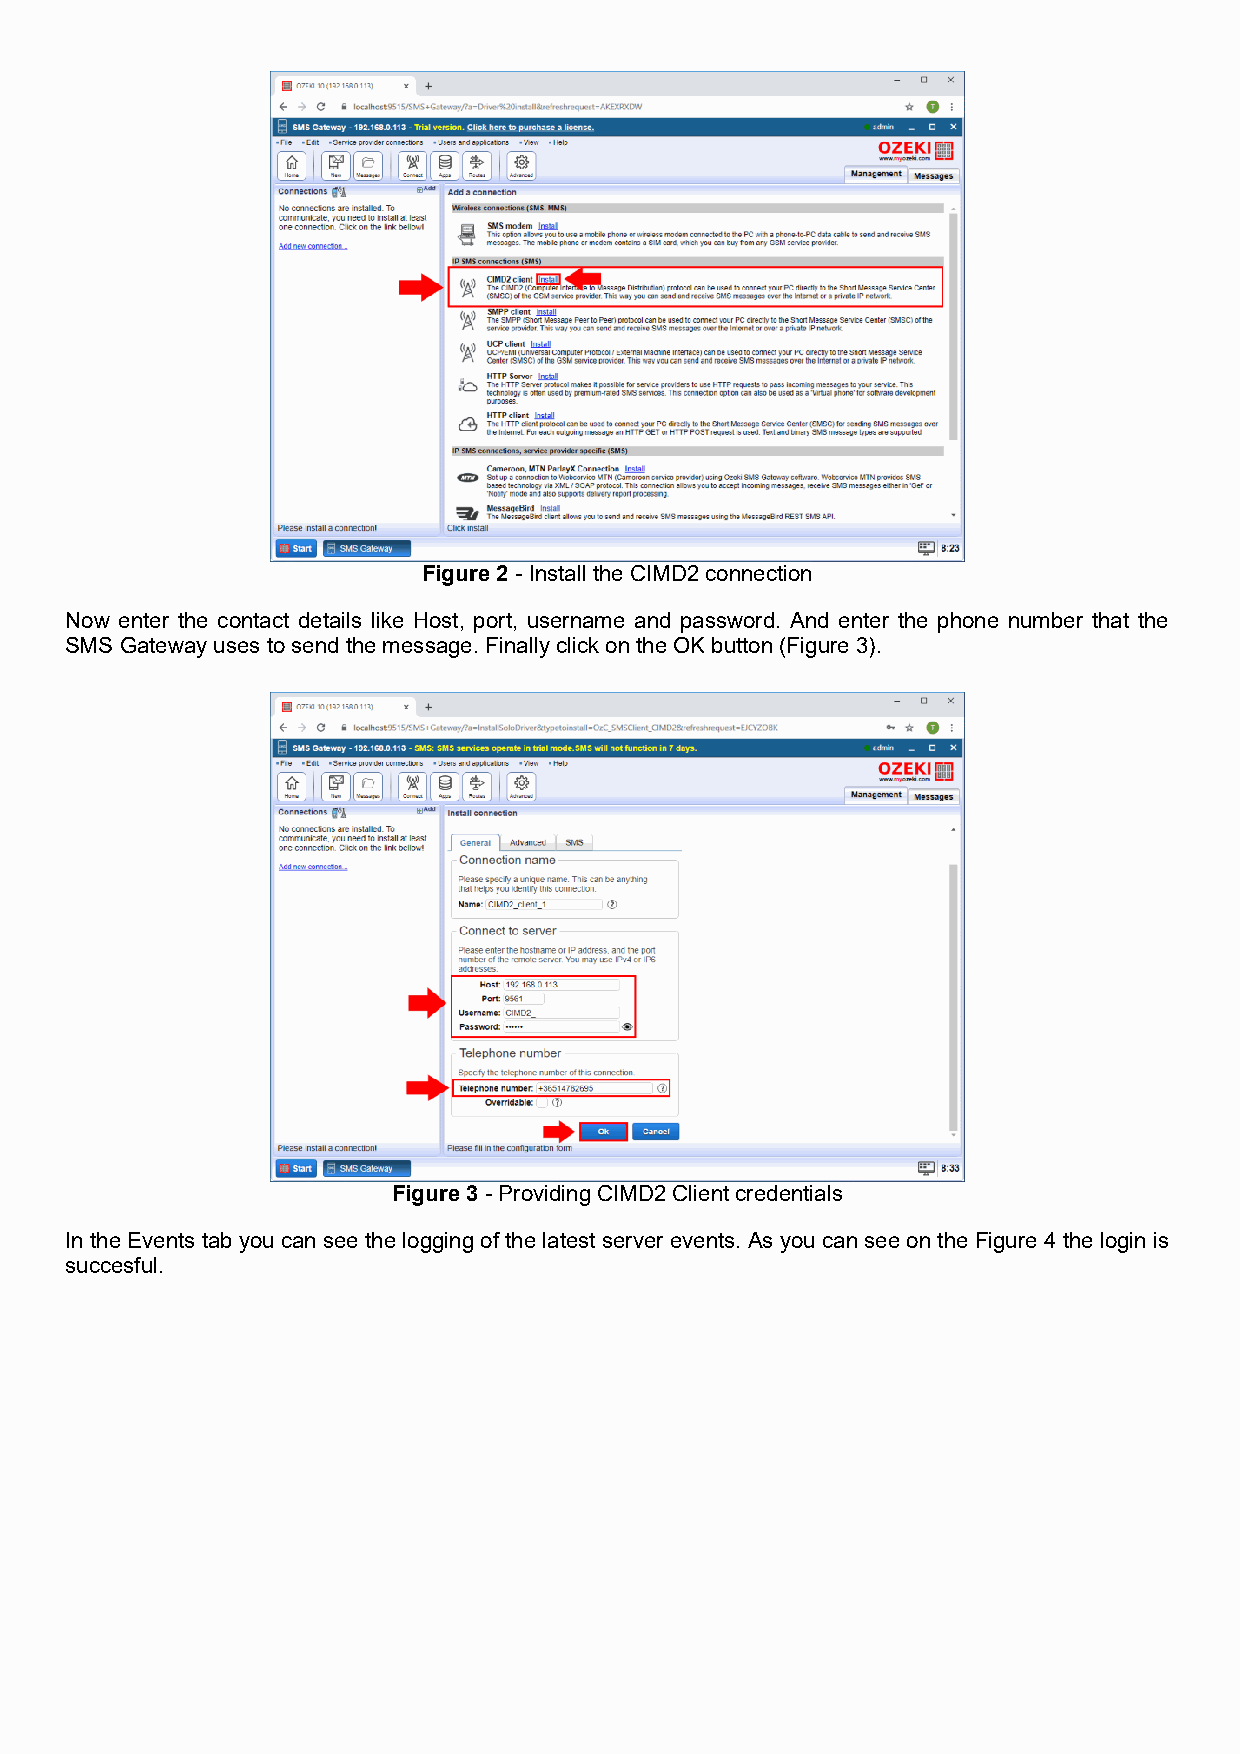
Figure 2 - Install the CIMD2 connection
 Now enter the contact details like Host, port, username and password. And enter the phone number that the
 SMS Gateway uses to send the message. Finally click on the OK button (Figure 3).
 Figure 3 - Providing CIMD2 Client credentials
 In the Events tab you can see the logging of the latest server events. As you can see on the Figure 4 the login is
 succesful.